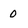
Character: 0